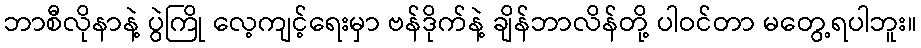
ဘာစီလိုနာနဲ့ ပွဲကြို လေ့ကျင့်ရေးမှာ ဗန်ဒိုက်နဲ့ ချိန်ဘာလိန်တို့ ပါဝင်တာ မတွေ့ရပါဘူး။